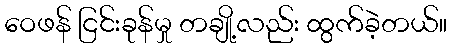
ဝေဖန် ငြင်းခုန်မှု တချို့လည်း ထွက်ခဲ့တယ်။